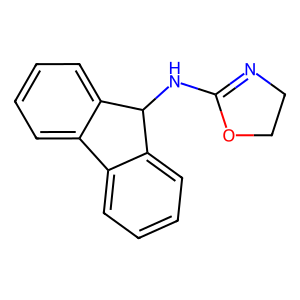
SMILES: c1ccc2c(c1)-c1ccccc1C2NC1=NCCO1
Inhibits HIV replication: No